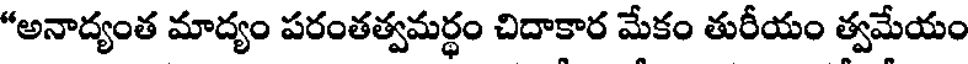
"అనాద్యంత మాద్యం పరంతత్వమర్ధం చిదాకార మేకం తురీయం త్వమేయం